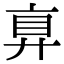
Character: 𢍓